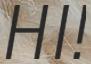
HI!